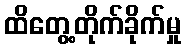
ထိတွေ့တိုက်ခိုက်မှု